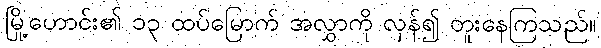
မြို့ဟောင်း၏ ၁၃ ထပ်မြောက် အလွှာကို လှန်၍ တူးနေကြသည်။